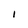
Character: I